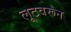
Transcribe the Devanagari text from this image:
लूटवरून